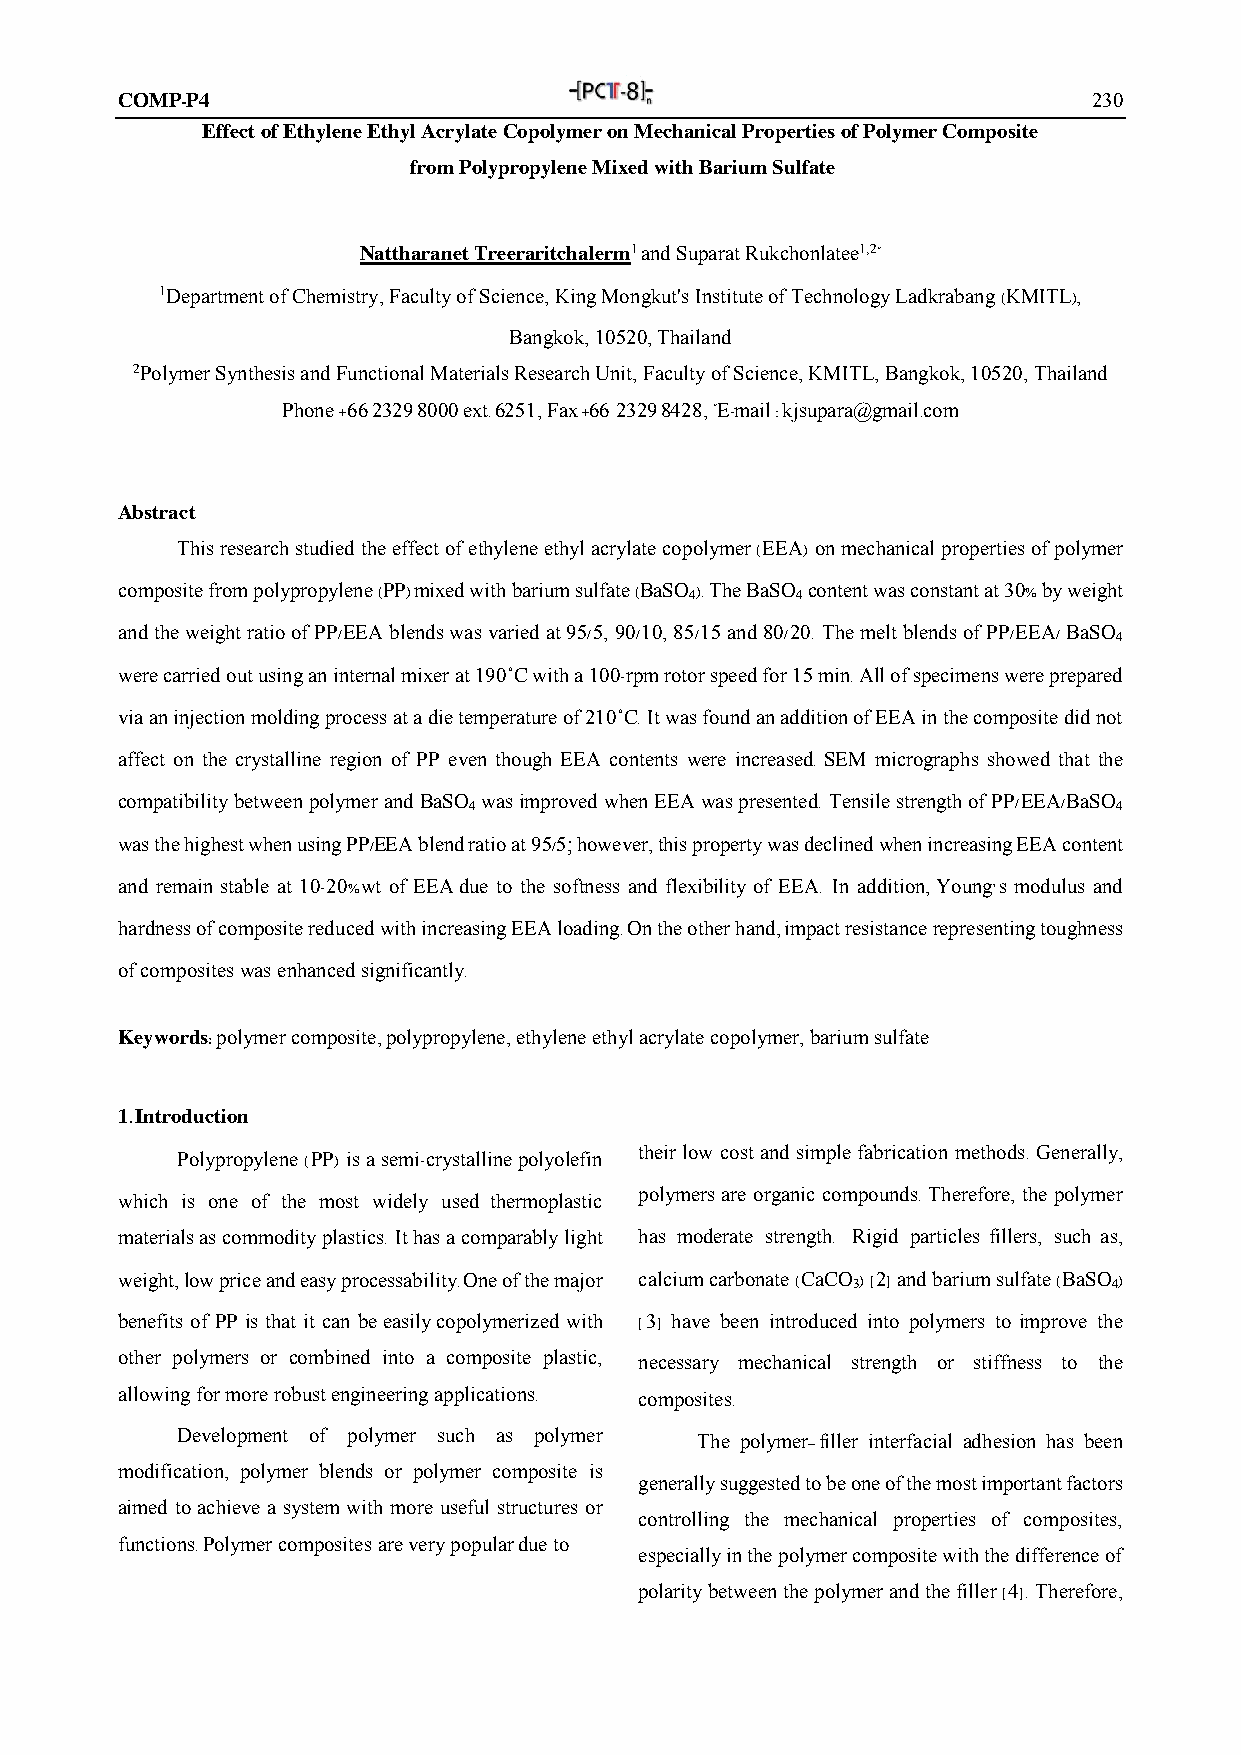
COMP-P4                                                         230
 Effect of Ethylene Ethyl Acrylate Copolymer on Mechanical Properties of Polymer Composite
 from Polypropylene Mixed with Barium Sulfate
 Nattharanet Treeraritchalerm1 and Suparat Rukchonlatee1,2*
 1Department of Chemistry, Faculty of Science, King Mongkut's Institute of Technology Ladkrabang (KMITL),
 Bangkok, 10520, Thailand
 2Polymer Synthesis and Functional Materials Research Unit, Faculty of Science, KMITL, Bangkok, 10520, Thailand
 Phone +66 2329 8000 ext. 6251, Fax +66 2329 8428, *E-mail : kjsupara@gmail.com
 Abstract
 This research studied the effect of ethylene ethyl acrylate copolymer (EEA) on mechanical properties of polymer
 composite from polypropylene (PP) mixed with barium sulfate (BaSO ). The BaSO content was constant at 30% by weight
 4      4
 and the weight ratio of PP/EEA blends was varied at 95/5, 90/10, 85/15 and 80/20. The melt blends of PP/EEA/ BaSO
 4
 were carried out using an internal mixer at 190˚C with a 100-rpm rotor speed for 15 min. All of specimens were prepared
 via an injection molding process at a die temperature of 210˚C. It was found an addition of EEA in the composite did not
 affect on the crystalline region of PP even though EEA contents were increased. SEM micrographs showed that the
 compatibility between polymer and BaSO was improved when EEA was presented. Tensile strength of PP/EEA/BaSO
 4                                          4
 was the highest when using PP/EEA blend ratio at 95/5; however, this property was declined when increasing EEA content
 and remain stable at 10-20%wt of EEA due to the softness and flexibility of EEA. In addition, Young’s modulus and
 hardness of composite reduced with increasing EEA loading. On the other hand, impact resistance representing toughness
 of composites was enhanced significantly.
 Keywords: polymer composite, polypropylene, ethylene ethyl acrylate copolymer, barium sulfate
 1. Introduction
 their low cost and simple fabrication methods. Generally,
 Polypropylene (PP) is a semi-crystalline polyolefin
 which is one of the most widely used thermoplastic
 polymers are organic compounds. Therefore, the polymer
 materials as commodity plastics. It has a comparably light has moderate strength. Rigid particles fillers, such as,
 weight, low price and easy processability. One of the major calcium carbonate (CaCO 3) [2] and barium sulfate (BaSO 4)
 benefits of PP is that it can be easily copolymerized with [3] have been introduced into polymers to improve the
 other polymers or combined into a composite plastic, necessary mechanical strength or stiffness to the
 allowing for more robust engineering applications. composites.
 Development of polymer such as polymer The polymer–filler interfacial adhesion has been
 modification, polymer blends or polymer composite is
 generally suggested to be one of the most important factors
 aimed to achieve a system with more useful structures or
 controlling the mechanical properties of composites,
 functions. Polymer composites are very popular due to
 especially in the polymer composite with the difference of
 polarity between the polymer and the filler [4]. Therefore,